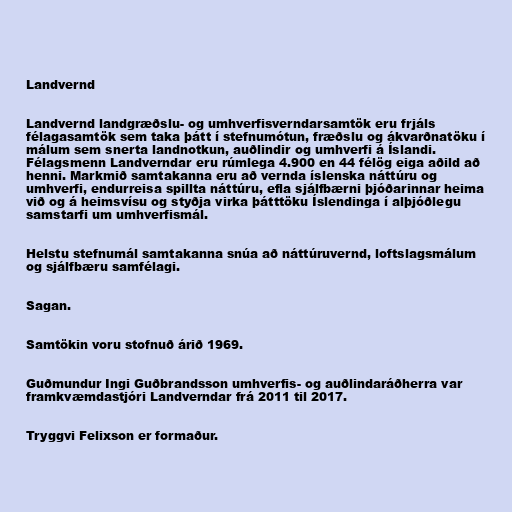
Landvernd

Landvernd landgræðslu- og umhverfisverndarsamtök eru frjáls
félagasamtök sem taka þátt í stefnumótun, fræðslu og ákvarðnatöku í
málum sem snerta landnotkun, auðlindir og umhverfi á Íslandi.
Félagsmenn Landverndar eru rúmlega 4.900 en 44 félög eiga aðild að
henni. Markmið samtakanna eru að vernda íslenska náttúru og
umhverfi, endurreisa spillta náttúru, efla sjálfbærni þjóðarinnar heima
við og á heimsvísu og styðja virka þátttöku Íslendinga í alþjóðlegu
samstarfi um umhverfismál.

Helstu stefnumál samtakanna snúa að náttúruvernd, loftslagsmálum
og sjálfbæru samfélagi.

Sagan.

Samtökin voru stofnuð árið 1969.

Guðmundur Ingi Guðbrandsson umhverfis- og auðlindaráðherra var
framkvæmdastjóri Landverndar frá 2011 til 2017.

Tryggvi Felixson er formaður.